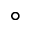
^ \circ